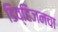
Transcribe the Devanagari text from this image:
डिव्हिजनचा